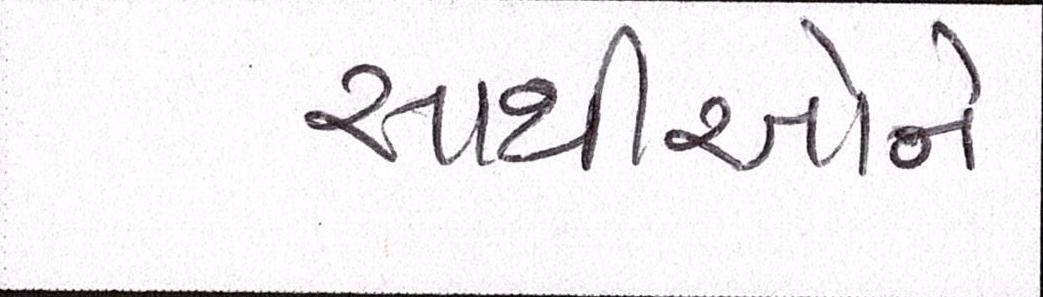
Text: સાથીઓને